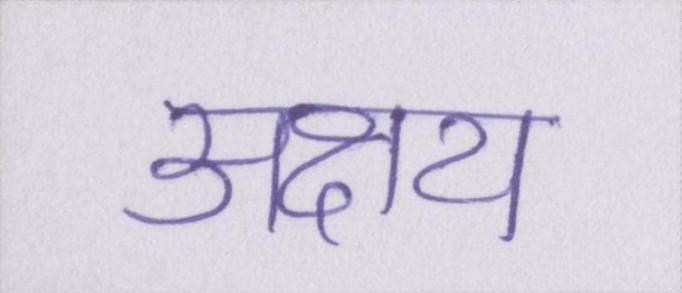
अक्षय